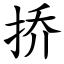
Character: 挢